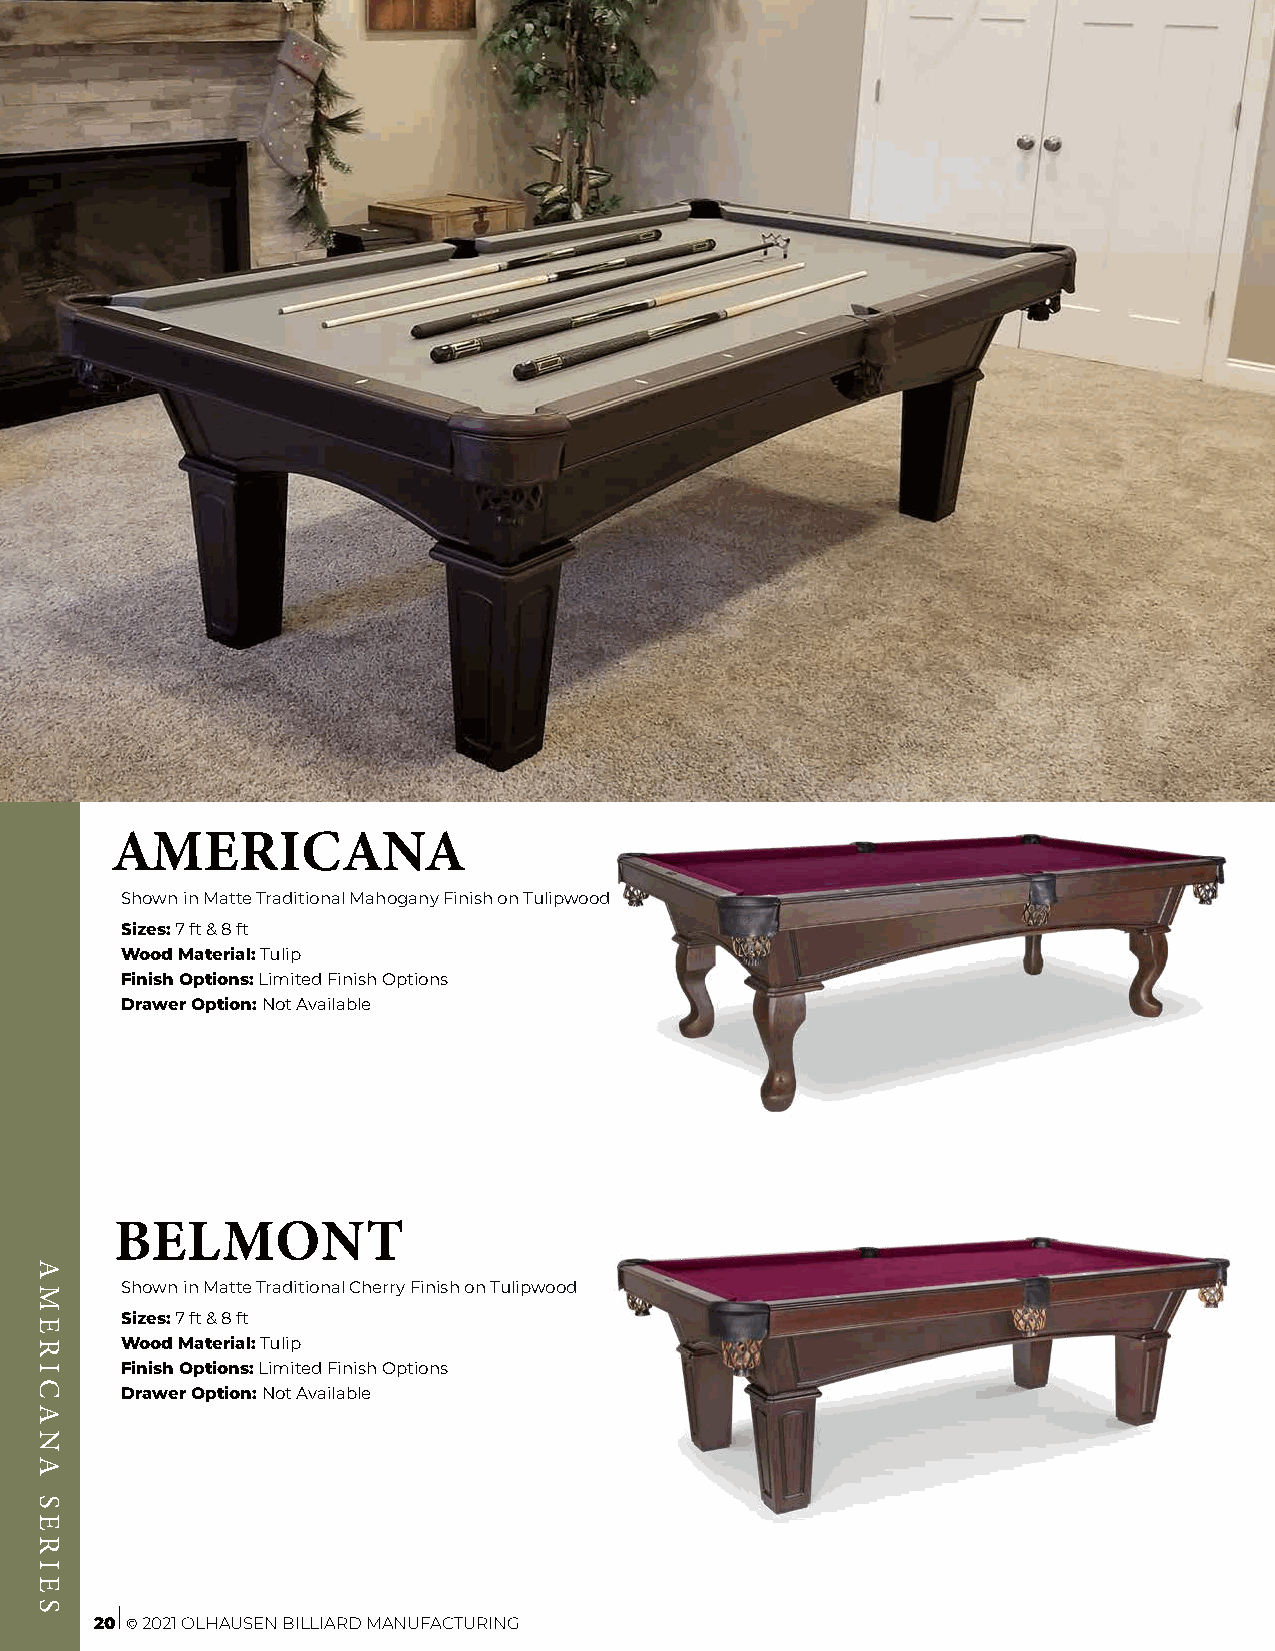
AMERICANA
 Shown in Matte Traditional Mahogany Finish on Tulipwood
 Sizes: 7 ft & 8 ft
 Wood Material: Tulip
 Finish Options: Limited Finish Options
 Drawer Option: Not Available
 BELMONT
 Shown in Matte Traditional Cherry Finish on Tulipwood
 Sizes: 7 ft & 8 ft
 Wood Material: Tulip
 Finish Options: Limited Finish Options
 Drawer Option: Not Available
 20 © 2021 OLHAUSEN BILLIARD MANUFACTURING
 AMERICANA
 SERIES